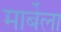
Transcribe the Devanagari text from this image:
मार्बेला